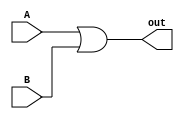
module OR_gate (
    input wire A, // Input signal A
    input wire B, // Input signal B
    output wire out // Output signal
);

assign out = A | B;

endmodule